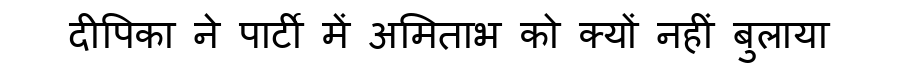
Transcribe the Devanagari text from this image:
दीपिका ने पार्टी में अमिताभ को क्यों नहीं बुलाया